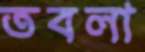
তবলা